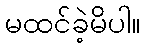
မထင်ခဲ့မိပါ။